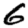
Digit: 6